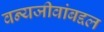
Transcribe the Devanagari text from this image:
वन्यजीवांबद्दल